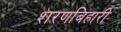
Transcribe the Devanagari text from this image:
शरणबिहारी